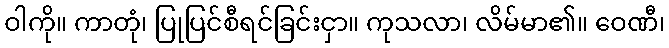
ဝါကို။ ကာတုံ၊ ပြုပြင်စီရင်ခြင်းငှာ။ ကုသလာ၊ လိမ်မာ၏။ ဝေဏီ၊